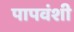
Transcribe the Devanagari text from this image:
पापवंशी